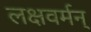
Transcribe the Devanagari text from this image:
लक्षवर्मन्‌